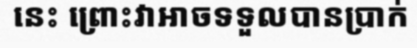
នេះ ព្រោះវាអាចទទួលបានប្រាក់